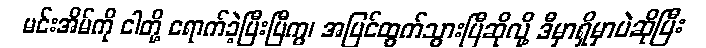
မင်းအိမ်ကို ငါတို့ ရောက်ခဲ့ပြီးပြီကွ၊ အပြင်ထွက်သွားပြီဆိုလို့ ဒီမှာရှိမှာပဲဆိုပြီး